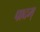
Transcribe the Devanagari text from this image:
पादम्